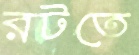
রটতে